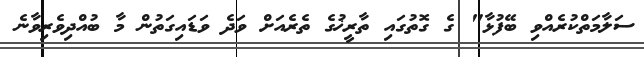
ސަލާމަތްކުރެއްވި ބޭފުޅާ" ގެ ގޮތުގައި ތާރީޚުގެ ތެރެއަށް ވަދެ ވަޑައިގަތުން މާ ބުއްދިވެރިވާނެ